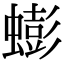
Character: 蟛